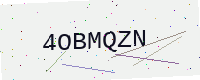
Text: 4OBMQZN